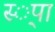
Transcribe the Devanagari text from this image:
स्‍्पा